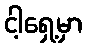
ငါ့ရှေ့မှာ